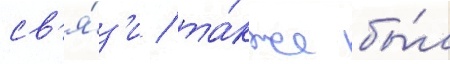
св'я́з'и / та́кже бы́л